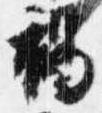
褐